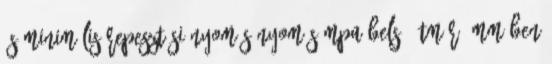
és minimális repesztési nyomás Nyomás MPa Belsõ átmérõ mm-ben